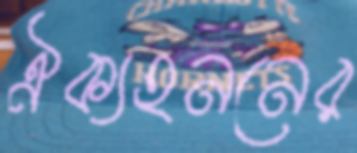
ঐক্যহননের